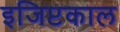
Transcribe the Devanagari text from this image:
इजिप्टकाल